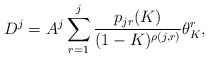
\begin{align*} D^j = A^j\sum_{r = 1}^j \frac{p_{jr}(K)}{(1-K)^{\rho(j,r)}}\theta_K^r,\end{align*}